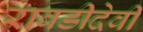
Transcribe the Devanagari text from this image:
राबडीदेवी